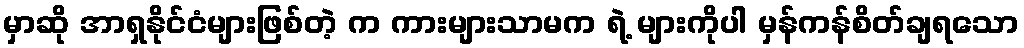
မှာဆို အာရှနိုင်ငံများဖြစ်တဲ့ က ကားများသာမက ရဲ့ များကိုပါ မှန်ကန်စိတ်ချရသော